Mental hospitals Bombay report 1929-33 - 1929-1933
Year: 1929
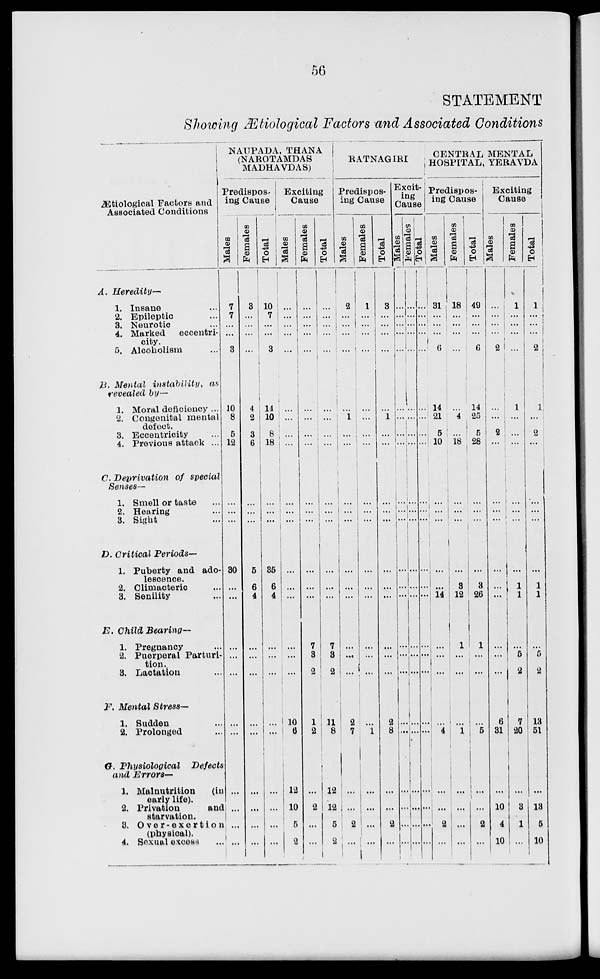
56
STATEMENT
Showing Ætiological Factors and Associated Conditions
Ætiological Factors and
Associated Conditions
A.
Heredity—
1. Insane
2. Epileptic
3. Neurotic
4. Marked
eccentri-
city.
5. Alcoholism
B. Mental instability,
as
revealed by—
1. Moral deficiency ...
2. Congenital mental
defect.
3. Eccentricity
4. Previous attack ...
C. Deprivation
of special
Senses—
1. Smell or taste
2. Hearing
3. Sight
D. Critical
Periods—
1. Puberty and ado-
lescence.
2. Climacteric
3. Senility
E. Child Bearing—
1. Pregnancy
2. Puerperal Parturi-
tion .
3. Lactation
F. Mental Stress—
1. Sudden
2. Prolonged
G. Physiological
Defects
and Errors—
1. Malnutrition
(in
early life).
2. Privation
and
starvation.
3. Over-exertion
(physical).
4.
Sexual excess
NAUPADA, THANA
(NAROTAMDAS
MADHAVDAS)
Predispos-
ing Cause
Males
7
7
...
...
3
10
8
5
12
...
...
...
30
...
...
...
...
...
...
...
...
...
...
...
Females
3
...
...
...
...
4
2
3
6
...
...
...
5
6
4
...
...
...
...
...
...
...
...
...
Total
10
7
...
...
3
14
10
8
18
...
...
...
35
6
4
...
...
...
...
...
...
...
...
...
Exciting
Cause
Males
...
...
...
...
...
...
...
...
...
...
...
...
...
...
...
...
10
6
12
10
5
2
Females
...
...
...
...
...
...
...
...
...
...
...
...
...
...
...
7
3
2
1
2
...
2
...
...
Total
...
...
...
...
...
...
...
...
...
...
...
...
...
...
...
7
3
2
11
8
12
12
5
2
RATNAGIRI
Predispos-
ing Cause
Males
2
...
...
...
...
...
1
...
...
...
...
...
...
...
...
...
...
...
2
7
...
...
2
...
Females
1
...
...
...
...
...
...
...
...
...
...
...
...
...
...
...
...
...
...
1
...
...
...
...
Total
3
...
...
...
...
...
1
...
...
...
...
...
...
...
...
...
...
...
2
8
...
...
2
...
Excit-
ing
Cause
Males
...
...
...
...
...
...
...
...
...
...
...
...
...
...
...
...
...
...
...
...
...
...
Females
...
...
...
...
...
...
...
...
...
...
...
...
...
...
...
...
...
...
...
...
...
...
...
Total
...
...
...
...
...
...
...
...
...
...
...
...
...
...
...
...
...
...
...
...
...
...
...
CENTRAL MENTAL
HOSPITAL, YERAVDA
Predispos¬
ing Cause
Males
31
...
...
...
6
14
21
5
10
...
...
...
...
...
14
...
...
...
...
4
...
...
2
...
Females
18
...
...
...
...
...
4
...
18
...
...
...
...
3
12
1
...
...
...
1
...
...
...
...
Total
49
...
...
...
6
14
25
6
28
...
...
...
...
3
26
1
...
...
...
5
...
...
2
...
Exciting
Cause
Males
...
...
...
...
2
...
...
2
...
...
...
...
...
...
...
...
...
...
6
31
...
10
4
10
Females
1
...
...
...
...
1
...
...
...
...
...
...
...
1
1
...
5
2
7
20
...
3
1
...
Total
1
...
...
...
2
1
...
2
...
...
...
...
...
1
1
...
5
2
13
51
...
13
5
10